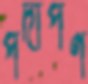
পদার্পণ